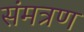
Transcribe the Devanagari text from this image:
संमत्रण